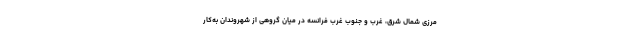
مرزی شمال شرق، غرب و جنوب غرب فرانسه در میان گروهی از شهروندان به‌کار